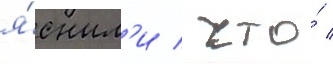
я́сным'и / что́ /